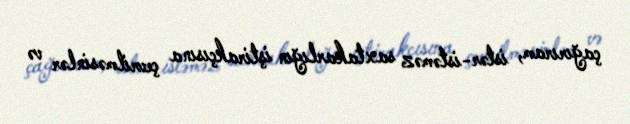
çağırıram, istər-istəməz saxtakarlığın iştirakçısına çevrilməsinlər və